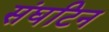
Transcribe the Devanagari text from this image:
संघटिन